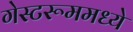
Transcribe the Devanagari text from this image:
गेस्टरूममध्ये